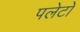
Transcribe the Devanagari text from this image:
पलेटो